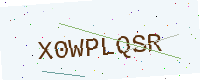
Text: X0WPLQSR